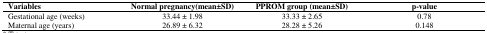
<table><thead><tr><td><b>Variables</b></td><td><b>Normal pregnancy(mean±SD)</b></td><td><b>PPROM group (mean±SD)</b></td><td><b>p-value</b></td></tr></thead><tbody><tr><td>Gestational age (weeks)</td><td>33.44 ± 1.98</td><td>33.33 ± 2.65</td><td>0.78</td></tr><tr><td>Maternal age (years)</td><td>26.89 ± 6.32</td><td>28.28 ± 5.26</td><td>0.148</td></tr></tbody></table>